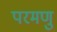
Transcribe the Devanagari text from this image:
परमणु